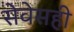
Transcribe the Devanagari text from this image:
सेवेसही